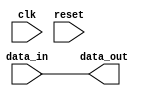
`timescale 1ns / 1ps

module BUF_32bit(
    input clk,
    input reset,
    input [31:0] data_in,
    
    output [31:0] data_out
);

    buf BUF_1(data_out[0], data_in[0]);
    buf BUF_2(data_out[1], data_in[1]);
    buf BUF_3(data_out[2], data_in[2]);
    buf BUF_4(data_out[3], data_in[3]);
    buf BUF_5(data_out[4], data_in[4]);
    buf BUF_6(data_out[5], data_in[5]);
    buf BUF_7(data_out[6], data_in[6]);
    buf BUF_8(data_out[7], data_in[7]);
    buf BUF_9(data_out[8], data_in[8]);
    buf BUF_10(data_out[9], data_in[9]);
    buf BUF_11(data_out[10], data_in[10]);
    buf BUF_12(data_out[11], data_in[11]);
    buf BUF_13(data_out[12], data_in[12]);
    buf BUF_14(data_out[13], data_in[13]);
    buf BUF_15(data_out[14], data_in[14]);
    buf BUF_16(data_out[15], data_in[15]);
    buf BUF_17(data_out[16], data_in[16]);
    buf BUF_18(data_out[17], data_in[17]);
    buf BUF_19(data_out[18], data_in[18]);
    buf BUF_20(data_out[19], data_in[19]);
    buf BUF_21(data_out[20], data_in[20]);
    buf BUF_22(data_out[21], data_in[21]);
    buf BUF_23(data_out[22], data_in[22]);
    buf BUF_24(data_out[23], data_in[23]);
    buf BUF_25(data_out[24], data_in[24]);
    buf BUF_26(data_out[25], data_in[25]);
    buf BUF_27(data_out[26], data_in[26]);
    buf BUF_28(data_out[27], data_in[27]);
    buf BUF_29(data_out[28], data_in[28]);
    buf BUF_30(data_out[29], data_in[29]);
    buf BUF_31(data_out[30], data_in[30]);
    buf BUF_32(data_out[31], data_in[31]);
    
endmodule